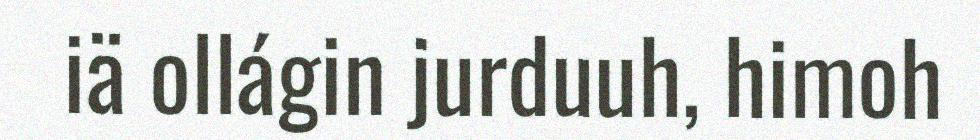
iä ollágin jurduuh, himoh